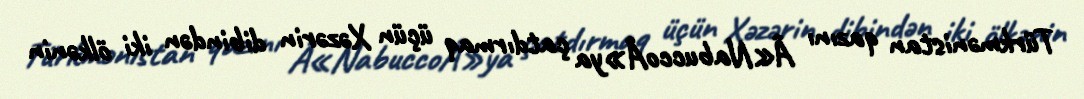
Türkmənistan qazını Â«NabuccoÂ»ya çatdırmaq üçün Xəzərin dibindən iki ölkənin